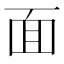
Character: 面